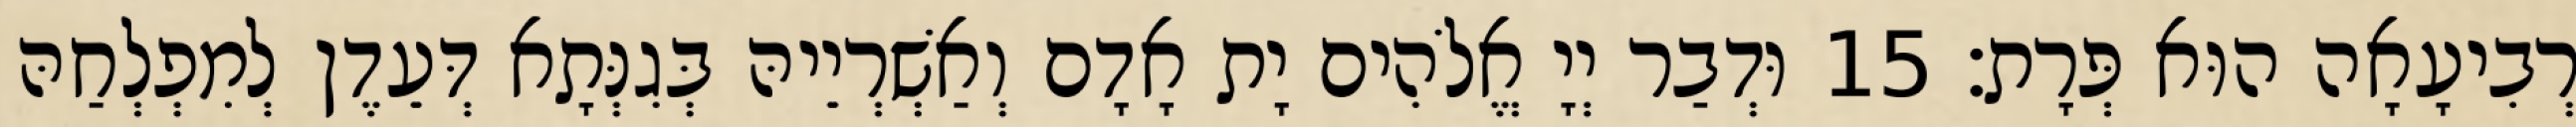
רְבִיעָאָה הוּא פְּרָת׃ 15 וּדְבַר יְיָ אֱלֹהִים יָת אָדָם וְאַשְׁרְיֵיהּ בְּגִנְּתָא דְּעֵדֶן לְמִפְלְחַהּ